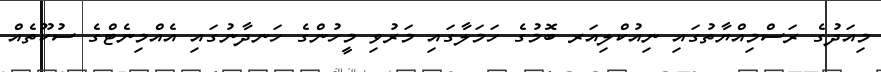
މިއަދުގެ ރަސްމިއްޔާތުގައި ނިއުކްލިއަރ ބޮމުގެ ހަމަލާގައި މަރުވި މީހުންގެ ހަނދާނުގައި އެއްމިނެޓްގެ ސުކޫތެއް